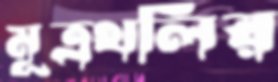
মূত্রথলির